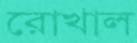
রোখাল